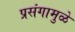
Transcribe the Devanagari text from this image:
प्रसंगामुळे